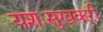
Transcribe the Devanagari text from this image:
यशःसुखकरी